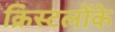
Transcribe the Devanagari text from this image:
क्रिस्टलोंके